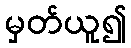
မှတ်ယူ၍